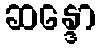
ဆန္ဒော